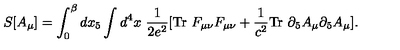
S [ A _ { \mu } ] = \int _ { 0 } ^ { \beta } d x _ { 5 } \int d ^ { 4 } x \ \frac { 1 } { 2 e ^ { 2 } } [ \mathrm { T r } \ F _ { \mu \nu } F _ { \mu \nu } + \frac { 1 } { c ^ { 2 } } \mathrm { T r } \ \partial _ { 5 } A _ { \mu } \partial _ { 5 } A _ { \mu } ] .